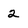
Character: 2